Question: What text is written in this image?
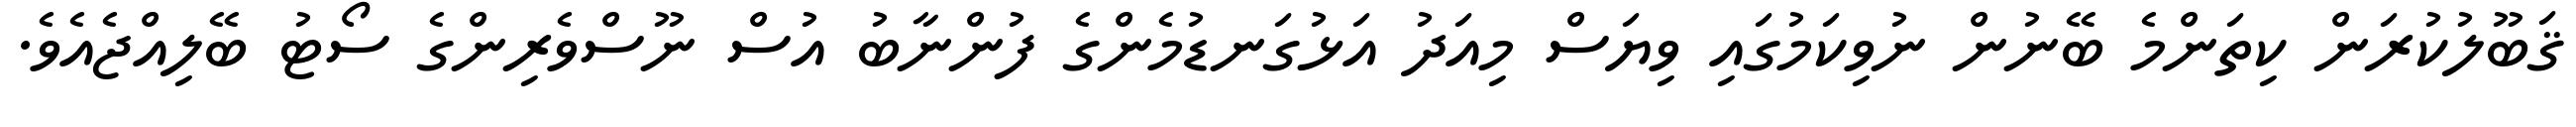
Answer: ޤަބޫލުކުރަން ކިތަންމެ ބޭނުން ނުވިކަމުގައި ވިޔަސް މިއަދު އަޅުގަނޑުމެންގެ ފުންނާބު އުސް ނޫސްވެރިންގެ ސޯޓު ބޭލިއްޖެއެވެ.